Civil Veterinary Department Bengal reports 1923-33 - 1923-1933
Year: 1923
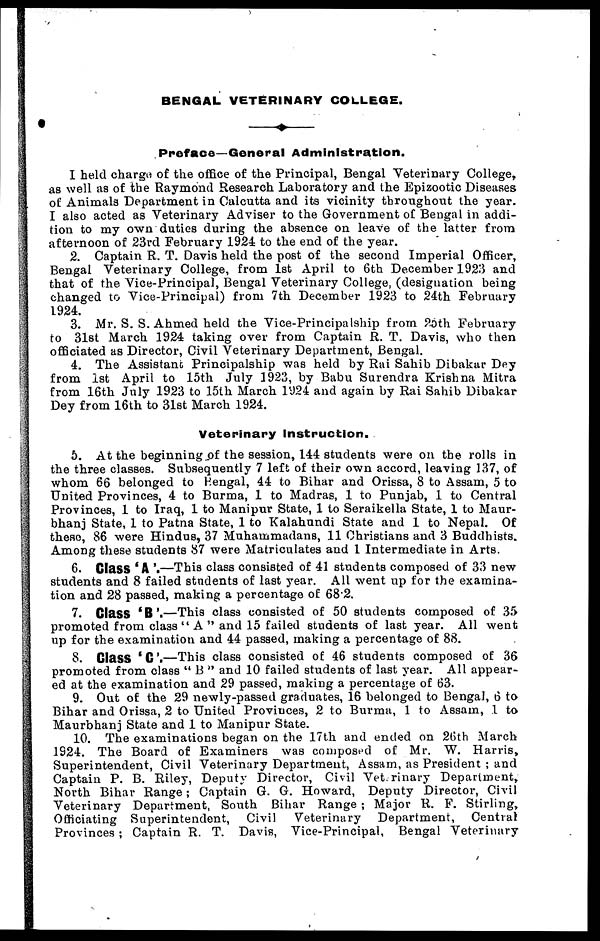
BENGAL VETERINARY COLLEGE.
Preface—General Administration.
I held charge of the office of the Principal, Bengal Veterinary College,
as well as of the Raymond Research Laboratory and the Epizootic Diseases
of Animals Department in Calcutta and its vicinity throughout the year.
I also acted as Veterinary Adviser to the Government of Bengal in addi-
tion to my own duties during the absence on leave of the latter from
afternoon of 23rd February 1924 to the end of the year.
2. Captain R. T. Davis held the post of the second Imperial Officer,
Bengal Veterinary College, from 1st April to 6th December 1923 and
that of the Vice-Principal, Bengal Veterinary College, (designation being
changed to Vice-Principal) from 7th December 1923 to 24th February
1924.
3. Mr. S. S. Ahmed held the Vice-Principalship from 25th February
to 31st March 1924 taking over from Captain R. T. Davis, who then
officiated as Director, Civil Veterinary Department, Bengal.
4. The Assistant Principalship was held by Rai Sahib Dibakar Dey
from 1st April to 15th July 3923, by Babu Surendra Krishna Mitra
from 16th July 1923 to 15th March 1924 and again by Rai Sahib Dibakar
Dey from 16th to 31st March 1924.
Veterinary Instruction.
5. At the beginning of the session, 144 students were on the rolls in
the three classes. Subsequently 7 left of their own accord, leaving 137, of
whom 66 belonged to Bengal, 44 to Bihar and Orissa, 8 to Assam, 5 to
United Provinces, 4 to Burma, 1 to Madras, 1 to Punjab, 1 to Central
Provinces, 1 to Iraq, 1 to Manipur State, 1 to Seraikella State, 1 to Maur-
bhanj State, 1 to Patna State, 1 to Kalahundi State and 1 to Nepal. Of
these, 86 were Hindus, 37 Muhammadans, 11 Christians and 3 Buddhists.
Among these students 87 were Matriculates and 1 Intermediate in Arts.
6. Class ' A '.—This class consisted of 41 students composed of 33 new
students and 8 failed students of last year. All went up for the examina-
tion and 28 passed, making a percentage of 682.
7. Glass ' B'.—This class consisted of 50 students composed of 35
promoted from class " A " and 15 failed students of last year. All went
up for the examination and 44 passed, making a percentage of 88.
8. Glass ' C '.—This class consisted of 46 students composed of 36
promoted from class " B " and 10 failed students of last year. All appear-
ed at the examination and 29 passed, making a percentage of 63.
9. Out of the 29 newly-passed graduates, 16 belonged to Bengal, 6 to
Bihar and Orissa, 2 to United Provinces, 2 to Burma, 1 to Assam, 1 to
Maurbhanj State and 1 to Manipur State.
10. The examinations began on the 17th and ended on 26th March
1924. The Board of Examiners was composed of Mr. W. Harris,
Superintendent, Civil Veterinary Department, Assam, as President ; and
Captain P. B. Riley, Deputy Director, Civil Veterinary Department,
North Bihar Range; Captain G. G. Howard, Deputy Director, Civil
Veterinary Department, South Bihar Range ; Major R. F. Stirling,
Officiating Superintendent, Civil Veterinary Department, Central
Provinces ; Captain R. T. Davis, Vice-Principal, Bengal Veterinary